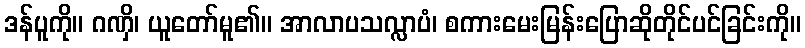
ဒန်ပူကို။ ဂဏှိ၊ ယူတော်မူ၏။ အာလာပသလ္လာပံ၊ စကားမေးမြန်းပြောဆိုတိုင်ပင်ခြင်းကို။